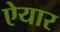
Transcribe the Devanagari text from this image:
ऐयार